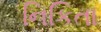
નિકિતા